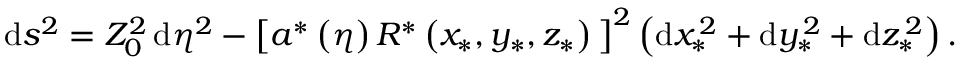
\begin{array} { r } { \begin{array} { r c l } { \displaystyle \mathrm { d } s ^ { 2 } = Z _ { 0 } ^ { 2 } \, \mathrm { d } \eta ^ { 2 } - \big [ a ^ { \ast } \left( \eta \right) R ^ { \ast } \left( x _ { \ast } , y _ { \ast } , z _ { \ast } \right) \big ] ^ { 2 } \left( \mathrm { d } x _ { \ast } ^ { \, 2 } + \mathrm { d } y _ { \ast } ^ { \, 2 } + \mathrm { d } z _ { \ast } ^ { \, 2 } \right) . } \end{array} } \end{array}